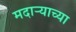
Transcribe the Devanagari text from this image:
मदाऱ्याच्या